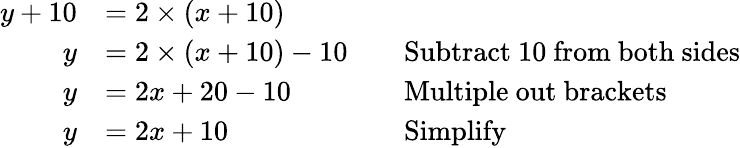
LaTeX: {\begin{array}{rlrl}{y+10}&{=2\times(x+10)}\\ {y}&{=2\times(x+10)-10}&&{{\mathrm{Subtract~10~from~both~sides}}}\\ {y}&{=2x+20-10}&&{{\mathrm{Multiple~out~brackets}}}\\ {y}&{=2x+10}&&{{\mathrm{Simplify}}}\end{array}}